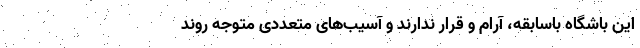
این باشگاه باسابقه، آرام و قرار ندارند و آسیب‌های متعددی متوجهِ روند